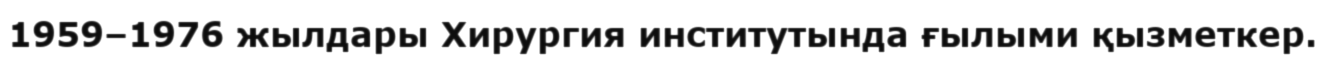
1959–1976 жылдары Хирургия институтында ғылыми қызметкер.